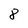
Character: 8